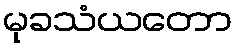
မုခသံယတော